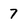
Character: 7